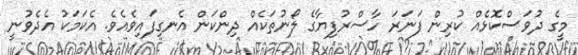
މީގެ ދުވަސްކޮޅެއް ކުރިން ފަނަރަ ހާސްރުފިޔާގެ ލޯނުތަކެއް ދިންކަން އެނގިފައިވެއެވެ. އެކަމަކު އެދެވުނީ